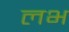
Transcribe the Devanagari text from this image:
लभ